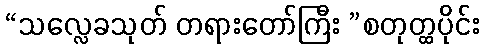
“သလ္လေခသုတ် တရားတော်ကြီး ”စတုတ္ထပိုင်း